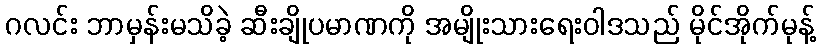
ဂလင်း ဘာမှန်းမသိခဲ့ ဆီးချိုပမာဏကို အမျိုးသားရေးဝါဒသည် မိုင်အိုက်မုန့်